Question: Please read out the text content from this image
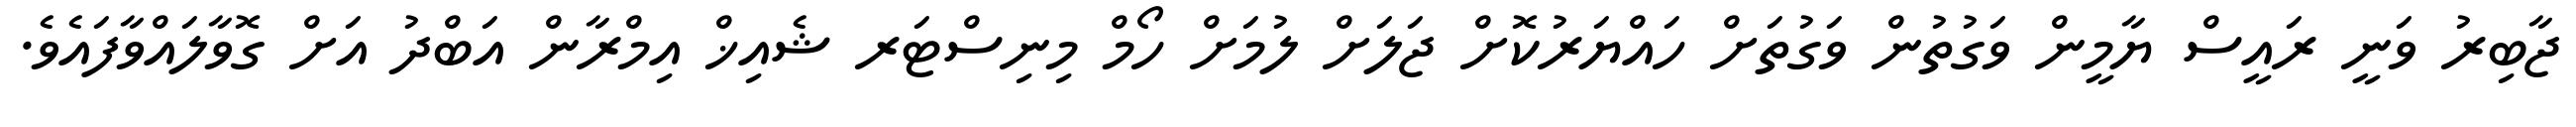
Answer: ޖާބިރު ވަނީ ރައީސް ޔާމީން ވަގުތުން ވަގުތަށް ހައްޔަރުކޮށް ޖަލަށް ލުމަށް ހޯމް މިނިސްޓަރ ޝެއިޚް އިމްރާން އަބްދު އަށް ގޮވާލައްވާފައެވެ.